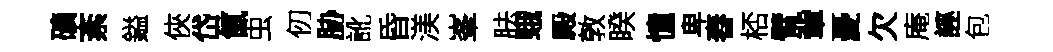
礦紊鎰俠岱氤虫仞胁訛昏渼峯胠蛾殿敦睽憧卑舂桮臂軰憂欠庵誣包